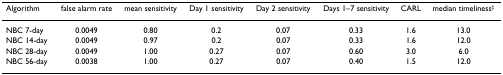
| Algorithm | false alarm rate | mean sensitivity | Day 1 sensitivity | Day 2 sensitivity | Days 1–7 sensitivity | CARL | median timeliness‡ |
 | --- | --- | --- | --- | --- | --- | --- | --- |
 | NBC 7-day | 0.0049 | 0.80 | 0.2 | 0.07 | 0.33 | 1.6 | 13.0 |
 | NBC 14-day | 0.0049 | 0.97 | 0.2 | 0.07 | 0.33 | 1.6 | 12.0 |
 | NBC 28-day | 0.0049 | 1.00 | 0.27 | 0.07 | 0.60 | 3.0 | 6.0 |
 | NBC 56-day | 0.0038 | 1.00 | 0.27 | 0.07 | 0.40 | 1.5 | 12.0 |